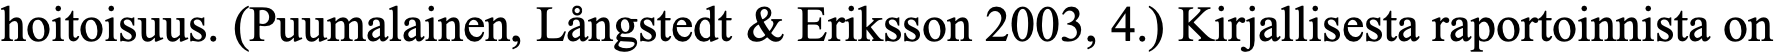
hoitoisuus. (Puumalainen, Långstedt & Eriksson 2003, 4.) Kirjallisesta raportoinnista on